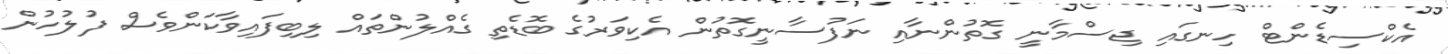
އެކްސިޑެންޓް ހިނގައި ޖިސްމާނީ ގޮތުންނާއި ނަފުސާނީގޮތުން އެކިވަރުގެ ބޮޑެތި ގެއްލުންތައް ލިބިފައިވާކަންވެސް ފުލުހުން